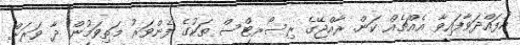
އުފައްދަވާފައިވާ އެއްޗެއް ކަން. ރާއްޖޭގެ ރިސޯރޓްސް ތަކުގެ ފެންވަރު މަތިވަމުން ދާ ވަރަށް